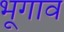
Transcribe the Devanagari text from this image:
भूगाव